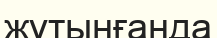
жұтынғанда